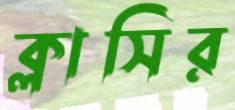
ক্লাসির